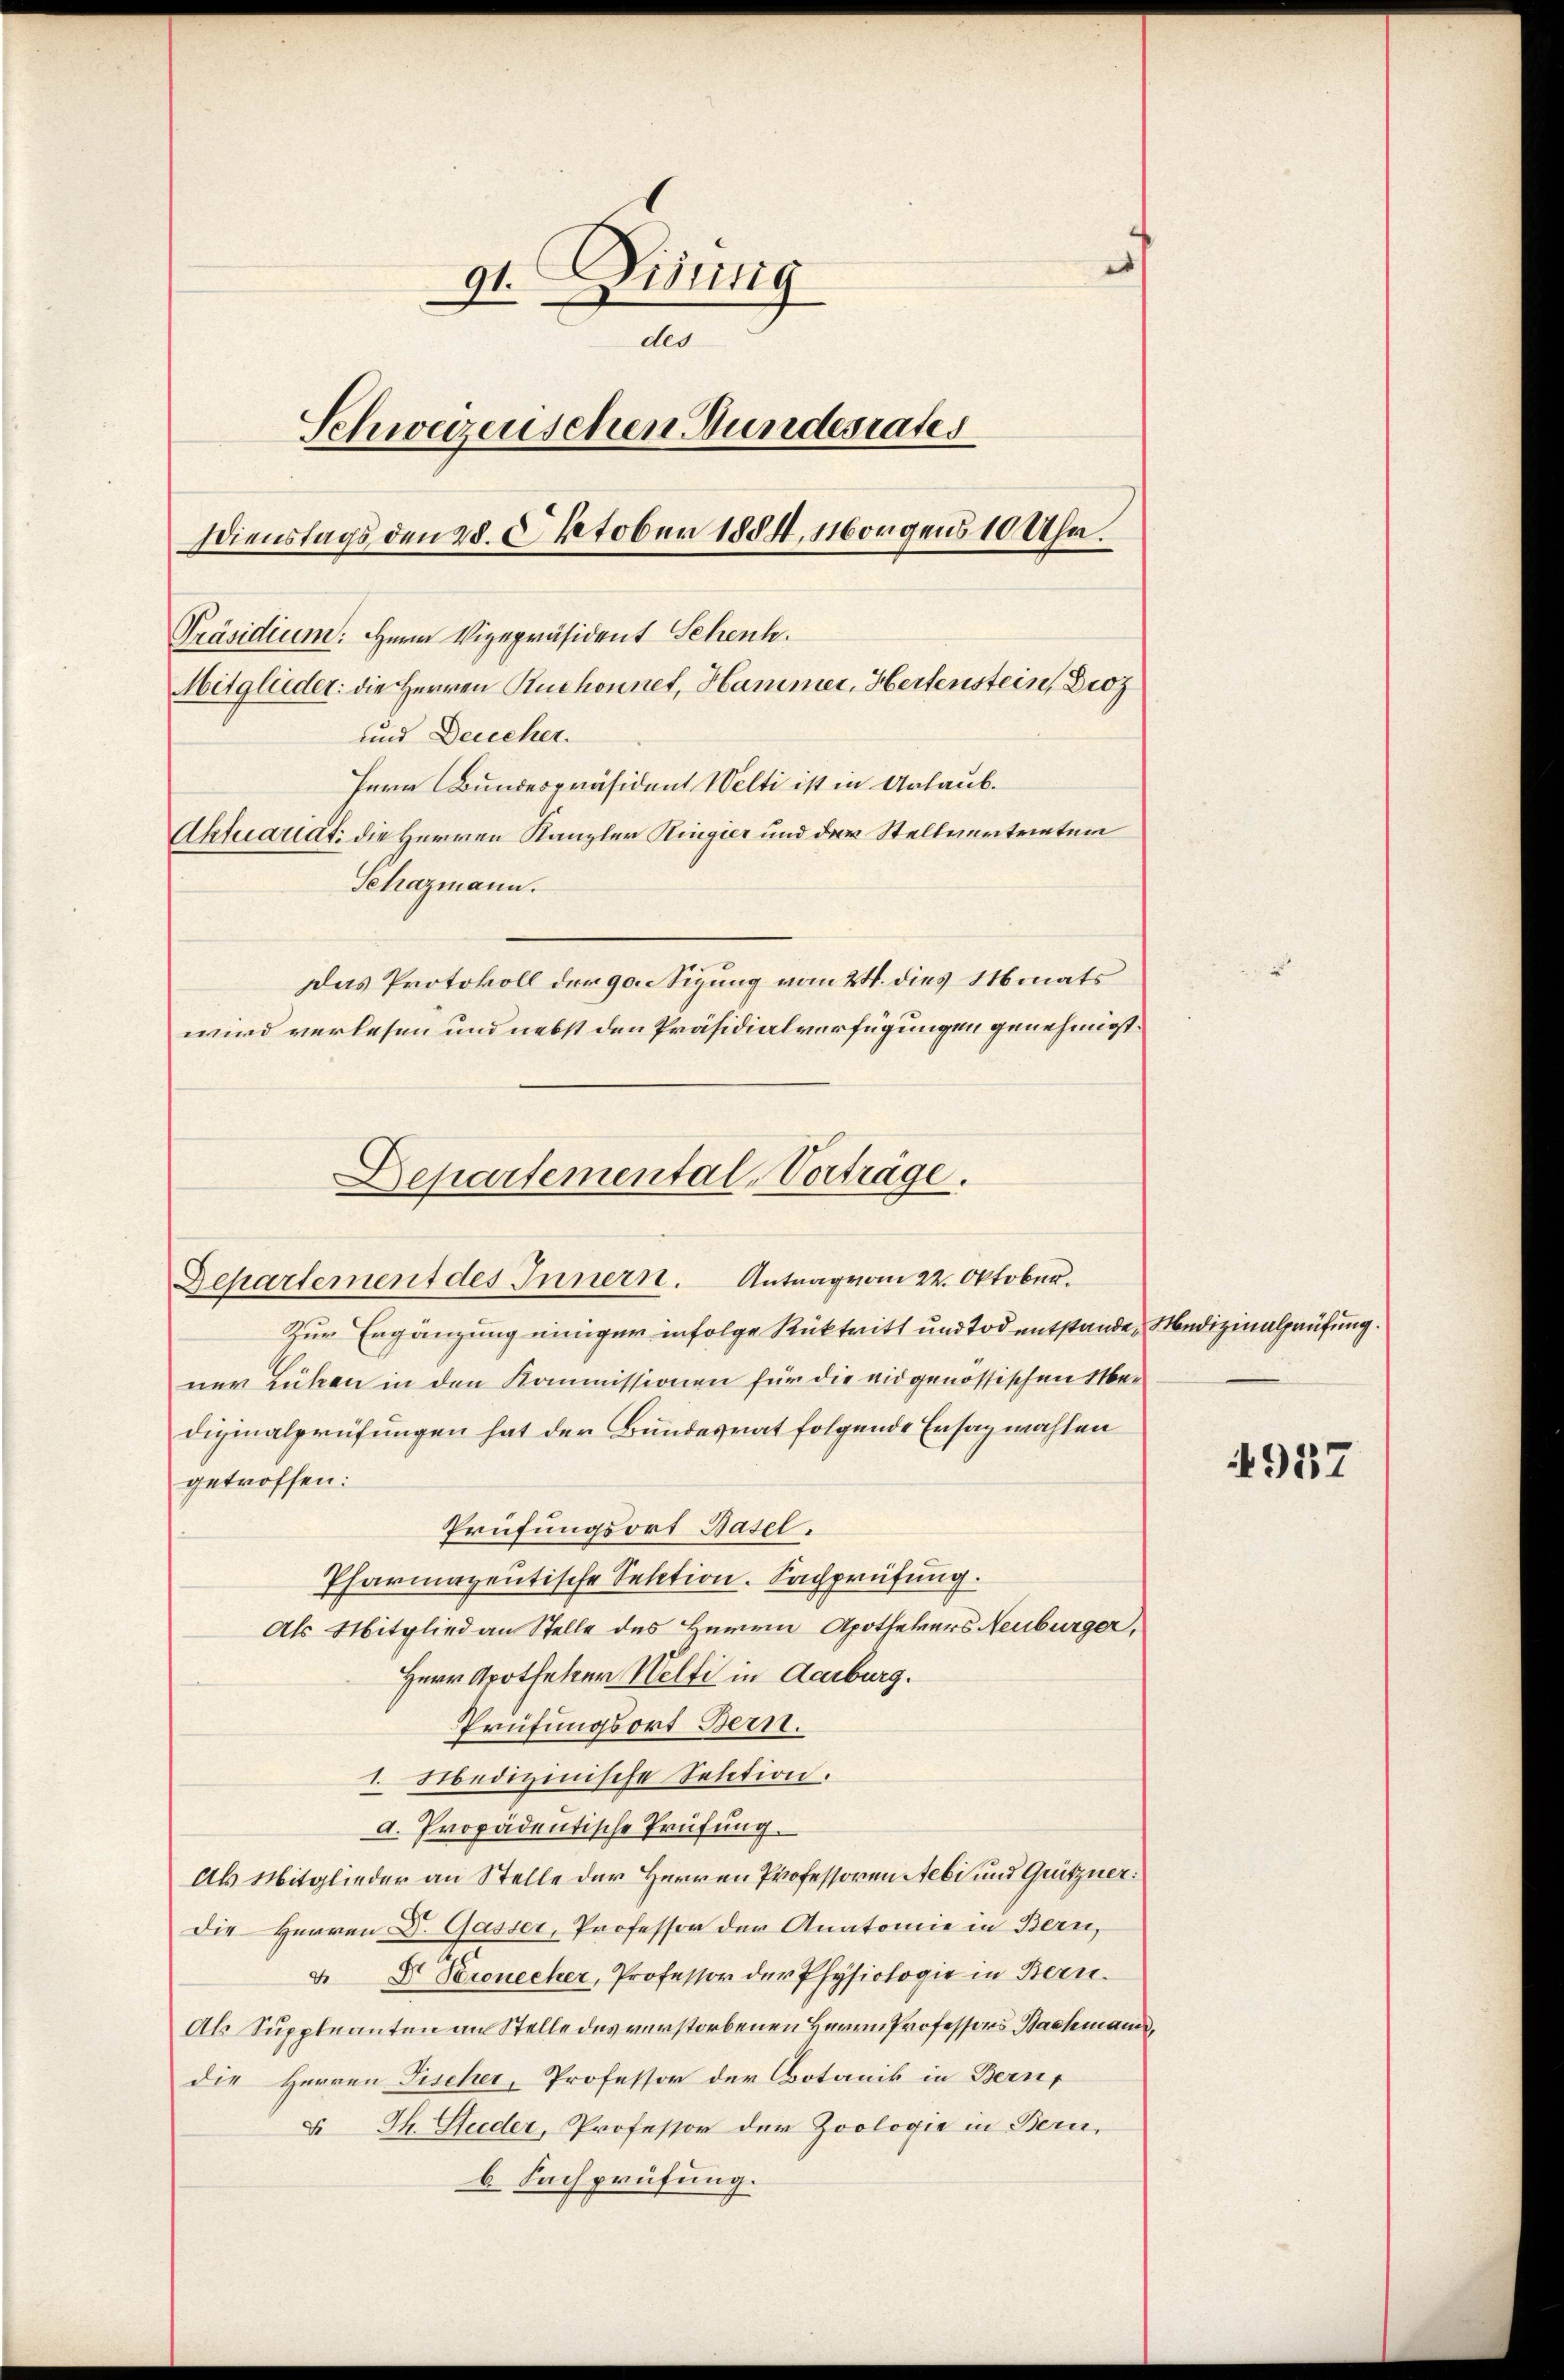
e
91. Disung
e
des
Schweizerischen Bundesrates
Dienstags den 28. Oktober 1884, Morgens 10 Uhr.
Präsidium. Herrn Vizepräsident Schenh
Mitglieder: die Herren Ruchonnet, Hammer, Hertenstein, Diez
und Deucher.
Herr Bundespräsident Welti ist in Urlaub.
Aktuariat die Herren Kanzler Ringier und der Stellvertrentum
Schazmann.
Das Protokoll der gotigung vom 24. dies Monats
wird verlesen und nebst den Präsidialverfügungen genehmigt.

Zur Ergänzung einiger infolge Rücktritt und Tod entstande Medizinalprüfung.
ner Lücken in den Kommissionen für die eidgenössischen Medizinalprüfungen hat der Bundesrat folgende Ersazwahlen
getroffen:
Prüfungsort Basel.
Pharmazentische Sektion. Sachprüfung.
Als Mitglied an Stelle des Herrn Apothekers Neuburger,
Herr Apotheker Welti in Aarburg.
Prüfungsort Bern.
1. Medizinische Selition.
d. Propadentische Prüfung.
Als Mitglieder an Stelle der Herren Professoren Aebi und Grützner:
Die Herren Dr. Gasser, Professor der Anatomie in Bern,
4 Xr Kronecker, Professor der Physiologie in Bern.
Als Suppleanten an Stelle des verstorbenen Herrn Professors Bachmann,
die Herren Fischer, Professor der Botanik in Bern,
v. Th. Studer, Professor der Zoologie in Bern,
b. Fachprüfung.

Departemental-Vorträge.
Departement des Innern. Antrag vom 22. Oktober.

937